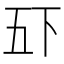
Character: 𫡲